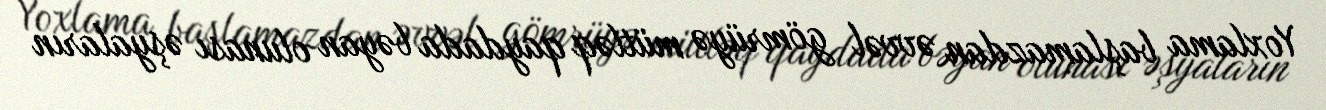
Yoxlama başlamazdan əvvəl gömrüyə mütləq qaydada bəyan olunası əşyaların